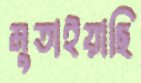
মুতাইয়াছি